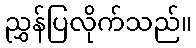
ညွှန်ပြလိုက်သည်။